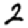
Digit: 2